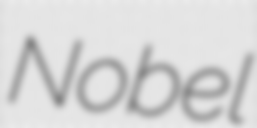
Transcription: Nobel